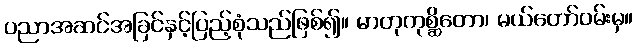
ပညာအဆင်အခြင်နှင့်ပြည့်စုံသည်ဖြစ်၍။ မာတုကုစ္ဆိတော၊ မယ်တော်ဝမ်းမှ။